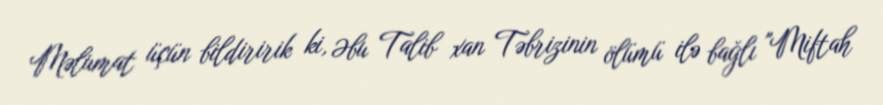
Məlumat üçün bildiririk ki, Əbu Talib xan Təbrizinin ölümü ilə bağlı "Miftah